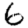
Digit: 6